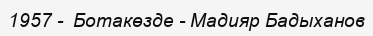
1957 -  Ботакөзде - Мадияр Бадыханов